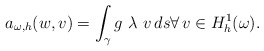
\begin{align*}a_{\omega,h}(w,v)=\int_{\gamma} g\ \lambda\ v\, ds \forall\,v\in H^1_h(\omega).\end{align*}